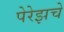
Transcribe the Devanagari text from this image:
पेरेझचे